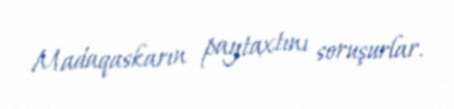
Madaqaskarın paytaxtını soruşurlar.